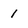
Character: 1